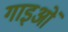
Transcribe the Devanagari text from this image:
गाइओं